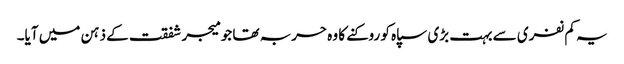
یہ کم نفری سے بہت بڑی سپاہ کو روکنے کا وہ حربہ تھا جو میجر شفقت کے ذہن میں آیا۔